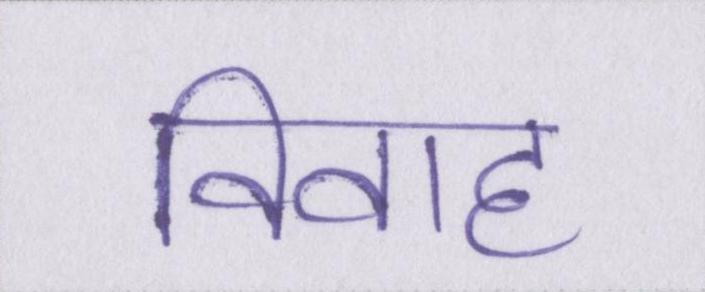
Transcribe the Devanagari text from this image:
विवाह